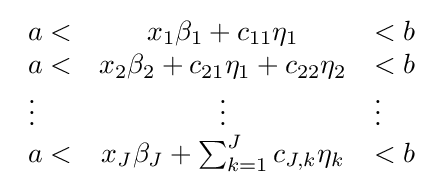
{\begin{array}{lcl}a<&x_{1}\beta _{1}+c_{11}\eta _{1}&<b\\a<&x_{2}\beta _{2}+c_{21}\eta _{1}+c_{22}\eta _{2}&<b\\\vdots &\vdots &\vdots \\a<&x_{J}\beta _{J}+\sum _{k=1}^{J}c_{J,k}\eta _{k}&<b\\\end{array}}